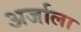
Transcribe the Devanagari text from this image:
अर्जाला